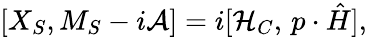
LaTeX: [X_{S},M_{S}-i{\cal A}]=i[{\cal H}_{C},\, p\cdot\hat{H}],